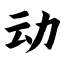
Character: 动